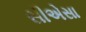
સીએસા